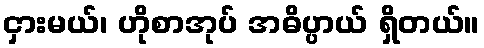
ငှားမယ်၊ ဟိုစာအုပ် အဓိပ္ပာယ် ရှိတယ်။